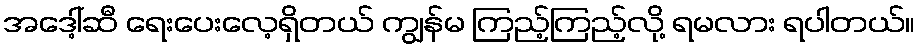
အဒေါ့်ဆီ ရေးပေးလေ့ရှိတယ် ကျွန်မ ကြည့်ကြည့်လို့ ရမလား ရပါတယ်။